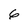
Character: 6